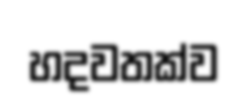
හදවතක්ව